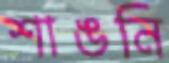
শাঙনি